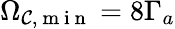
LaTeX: \Omega_{\mathcal{C},\mathrm{{~m~i~n~}}}=8\Gamma_{a}